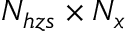
N _ { h z s } \times N _ { x }